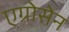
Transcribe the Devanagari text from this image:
एग्रोसेन